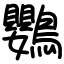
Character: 鸚